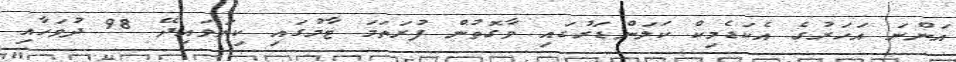
އަންނަ އަހަރުގެ އެކަޑެމިކް ކަލަންޑަރުގައި ވާގޮތުން ފުރަތަމަ ޓާމުގައި ކިޔަވައިދޭ 98 ދުވަހާއި